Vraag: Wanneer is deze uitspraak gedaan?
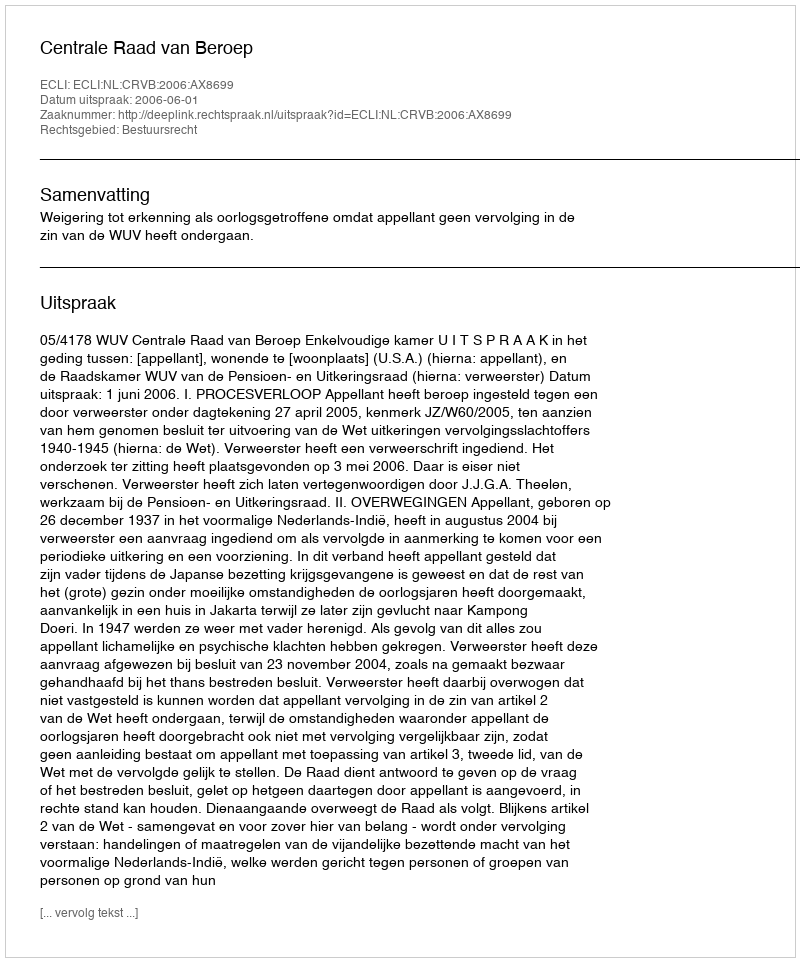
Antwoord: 2006-06-01